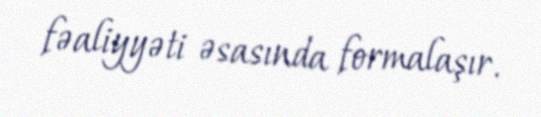
fəaliyyəti əsasında formalaşır.